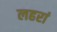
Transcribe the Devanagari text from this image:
लहरां